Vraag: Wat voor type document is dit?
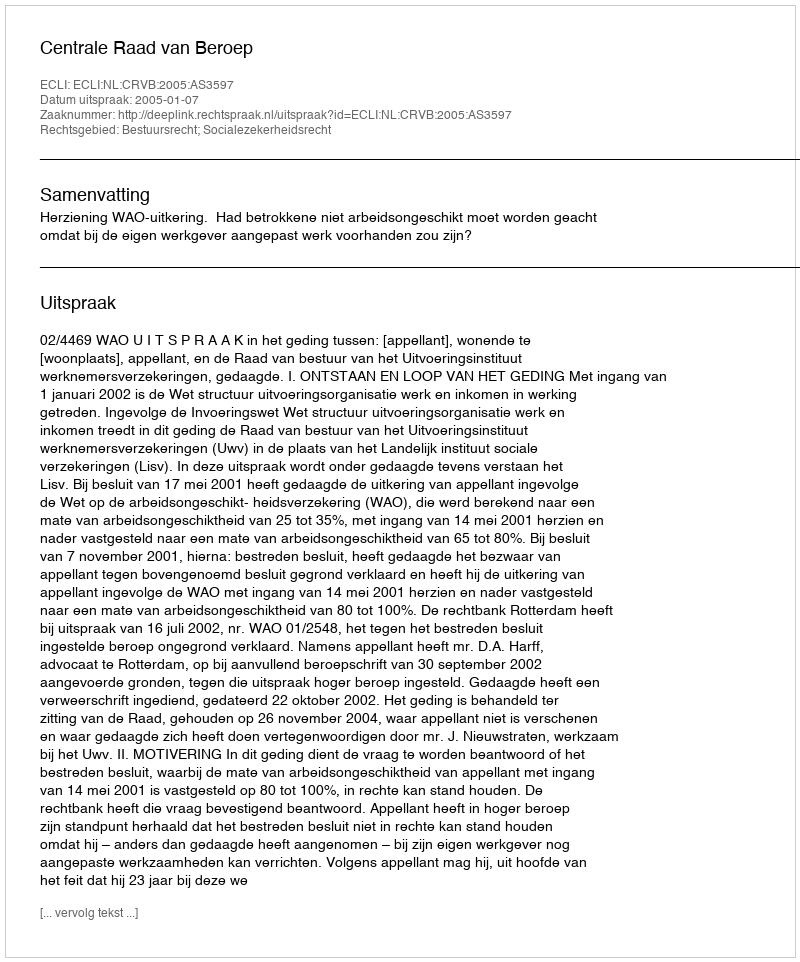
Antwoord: Uitspraak